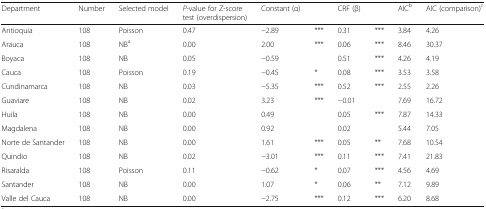
<table><thead><tr><td><b>Department</b></td><td><b>Number</b></td><td><b>Selected model</b></td><td><b><i>P</i>-value for Z-score test (overdispersion)</b></td><td><b>Constant (α)</b></td><td></td><td><b>CRF (β)</b></td><td></td><td><b>AIC<sup>b</sup></b></td><td><b>AIC (comparison)<sup>c</sup></b></td></tr></thead><tbody><tr><td>Antioquia</td><td>108</td><td>Poisson</td><td>0.47</td><td>−2.89</td><td>***</td><td>0.31</td><td>***</td><td>3.84</td><td>4.26</td></tr><tr><td>Arauca</td><td>108</td><td>NB<sup>a</sup></td><td>0.00</td><td>2.00</td><td>***</td><td>0.06</td><td>***</td><td>8.46</td><td>30.37</td></tr><tr><td>Boyaca</td><td>108</td><td>NB</td><td>0.05</td><td>−0.59</td><td></td><td>0.51</td><td>***</td><td>4.26</td><td>4.19</td></tr><tr><td>Cauca</td><td>108</td><td>Poisson</td><td>0.19</td><td>−0.45</td><td>*</td><td>0.08</td><td>***</td><td>3.53</td><td>3.58</td></tr><tr><td>Cundinamarca</td><td>108</td><td>NB</td><td>0.03</td><td>−5.35</td><td>***</td><td>0.52</td><td>***</td><td>2.55</td><td>2.26</td></tr><tr><td>Guaviare</td><td>108</td><td>NB</td><td>0.02</td><td>3.23</td><td>***</td><td>−0.01</td><td></td><td>7.69</td><td>16.72</td></tr><tr><td>Huila</td><td>108</td><td>NB</td><td>0.00</td><td>0.49</td><td></td><td>0.05</td><td>***</td><td>7.87</td><td>14.33</td></tr><tr><td>Magdalena</td><td>108</td><td>NB</td><td>0.00</td><td>0.92</td><td></td><td>0.02</td><td></td><td>5.44</td><td>7.05</td></tr><tr><td>Norte de Santander</td><td>108</td><td>NB</td><td>0.00</td><td>1.61</td><td>***</td><td>0.05</td><td>**</td><td>7.68</td><td>10.54</td></tr><tr><td>Quindio</td><td>108</td><td>NB</td><td>0.02</td><td>−3.01</td><td>***</td><td>0.11</td><td>***</td><td>7.41</td><td>21.83</td></tr><tr><td>Risaralda</td><td>108</td><td>Poisson</td><td>0.11</td><td>−0.62</td><td>*</td><td>0.07</td><td>***</td><td>4.56</td><td>4.69</td></tr><tr><td>Santander</td><td>108</td><td>NB</td><td>0.00</td><td>1.07</td><td>*</td><td>0.06</td><td>**</td><td>7.12</td><td>9.89</td></tr><tr><td>Valle del Cauca</td><td>108</td><td>NB</td><td>0.00</td><td>−2.75</td><td>***</td><td>0.12</td><td>***</td><td>6.20</td><td>8.68</td></tr></tbody></table>